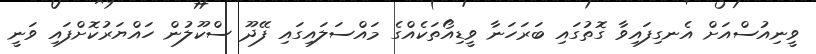
ވީނިއުސްއަށް އެނގިފައިވާ ގޮތުގައި ބަރަހަނާ ވީޑިއޯތަކެއްގެ މައްސަލައިގައި ފޭދޫ ސްކޫލުން ހައްޔަރުކޮށްފައި ވަނީ